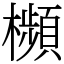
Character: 㰋